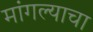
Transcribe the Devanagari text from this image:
मांगल्याचा